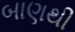
બાણથી